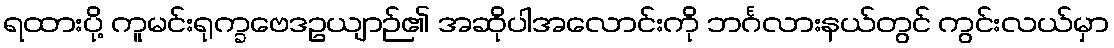
ရထားပို့ ကူမင်းရုက္ခဗေဒဥယျာဉ်၏ အဆိုပါအလောင်းကို ဘင်္ဂလားနယ်တွင် ကွင်းလယ်မှာ